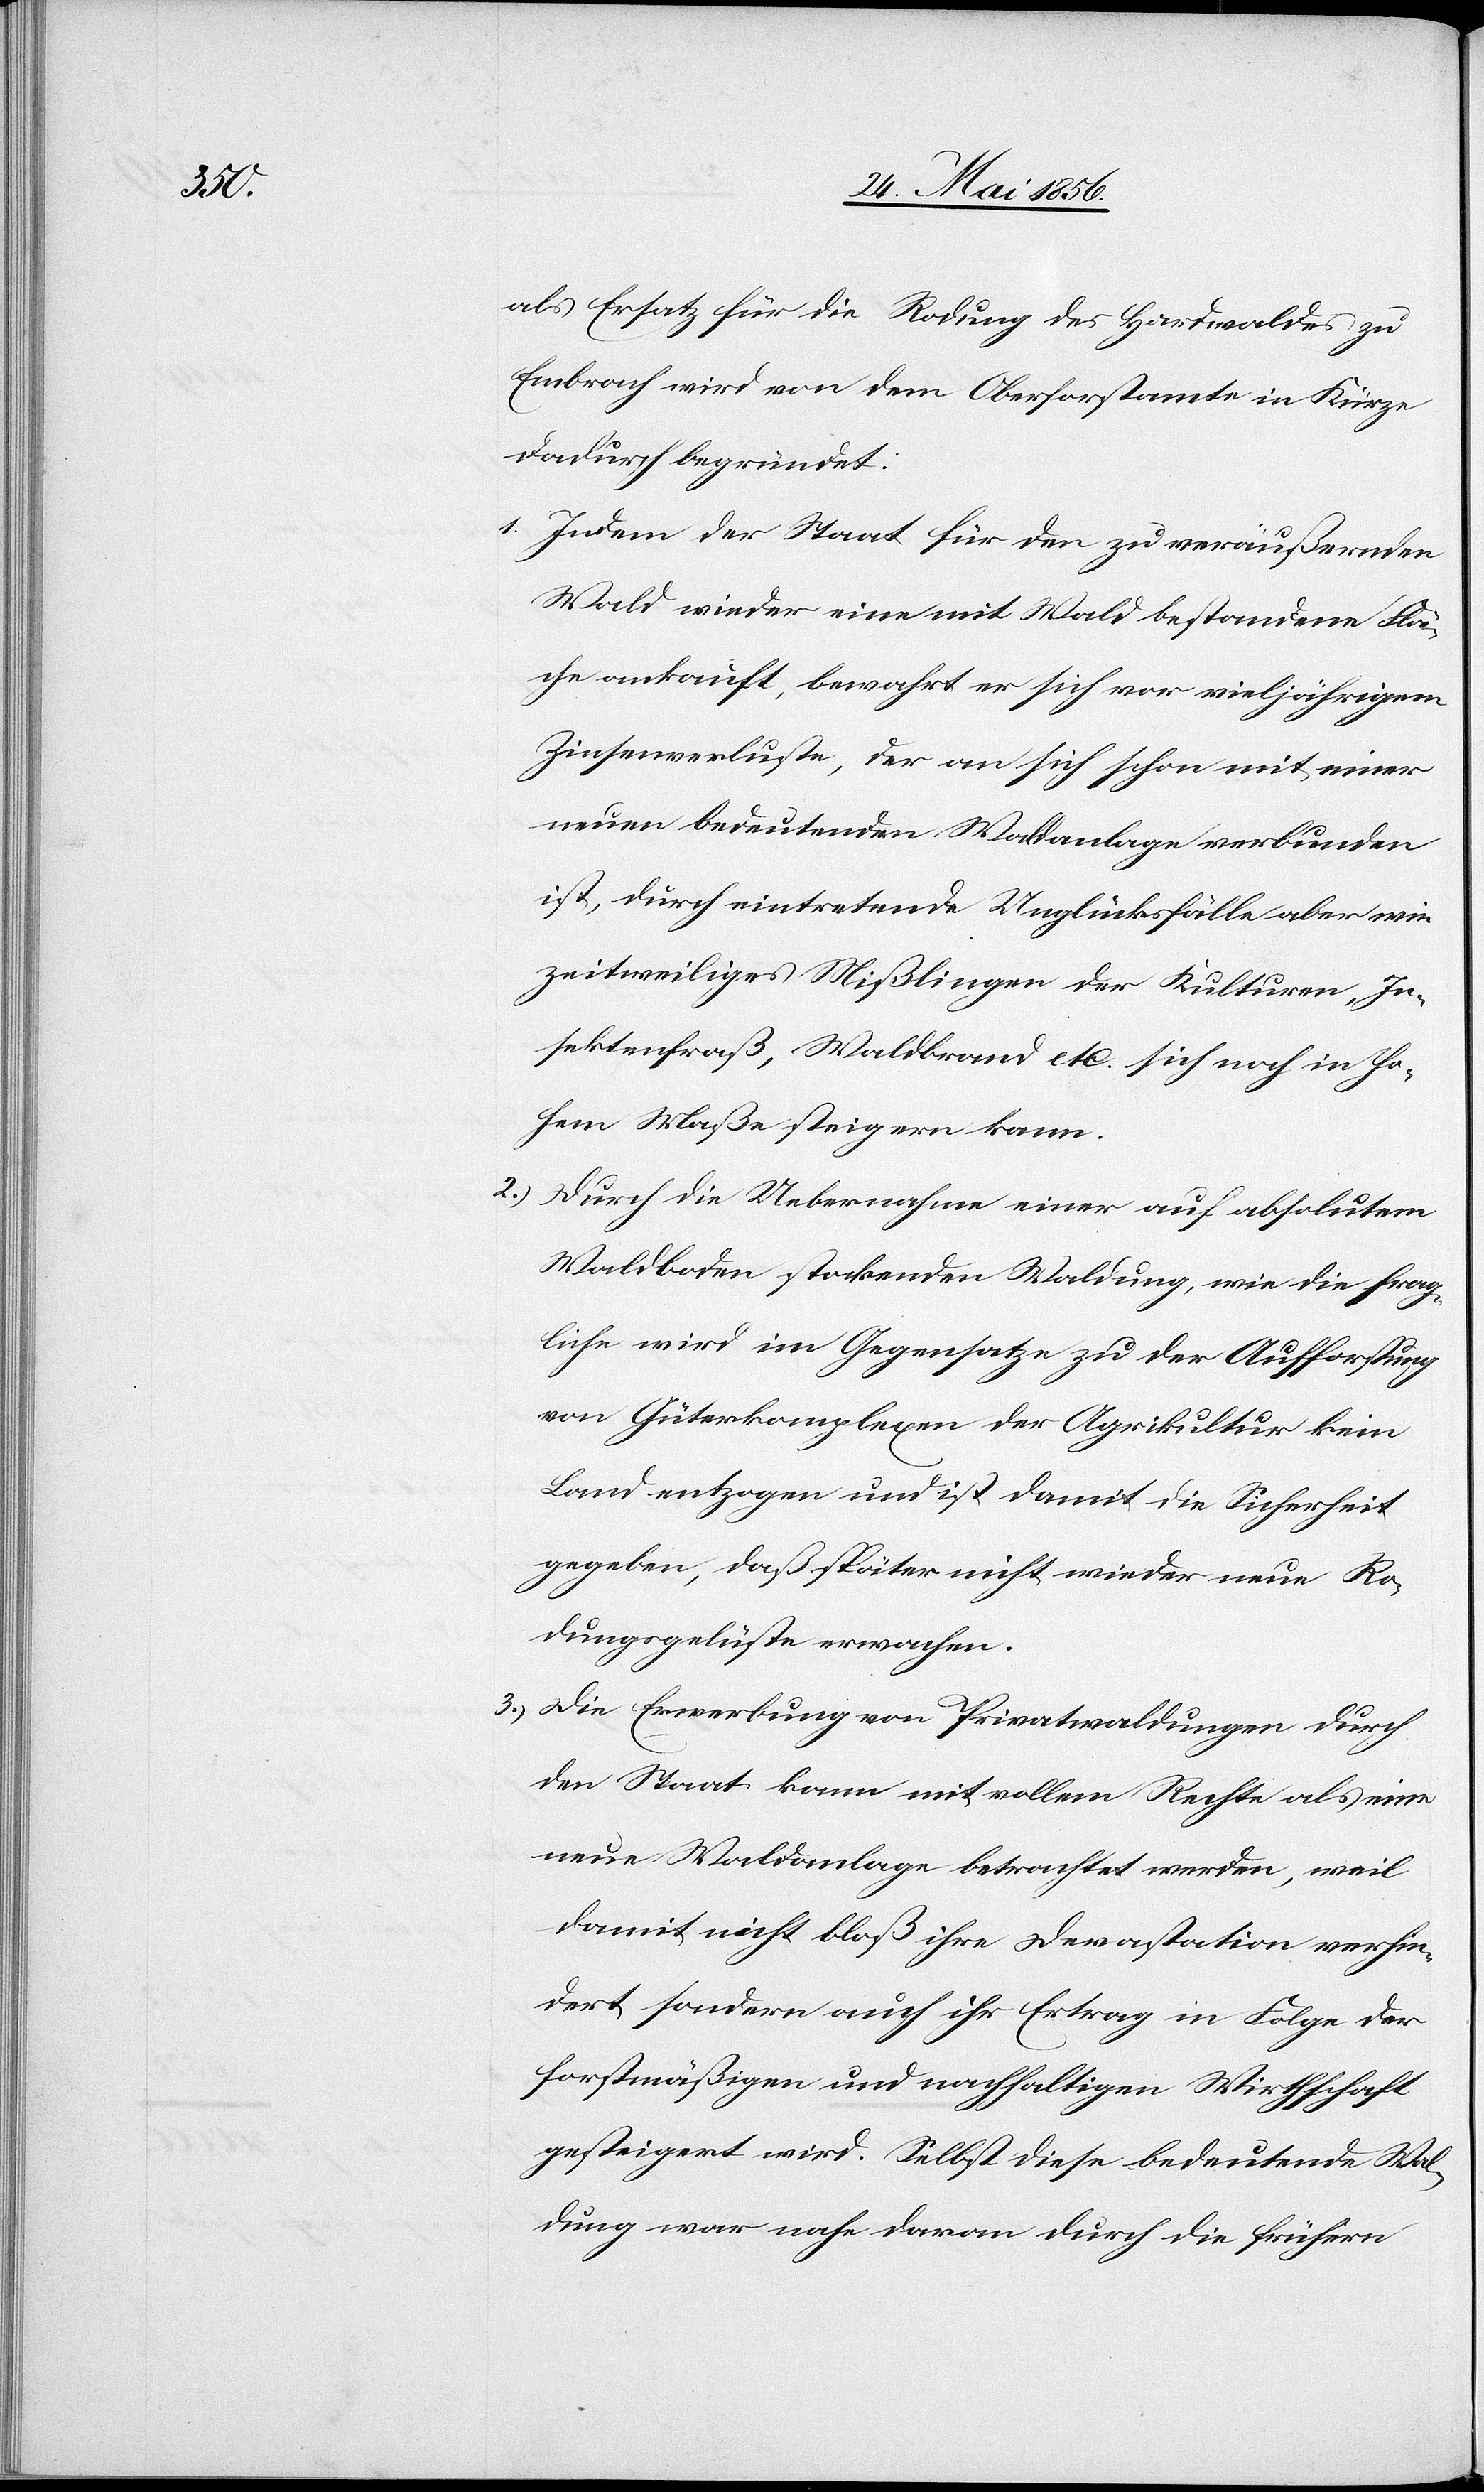
als Ersatz für die Rodung des Hardwaldes zu
Embrach wird von dem Oberforstamte in Kürze
dadurch begründet:
1.) Indem der Staat für den zu veräußernden
Wald wieder eine mit Wald bestandene Flä¬
che ankauft, bewahrt er sich vor vieljährigem
Zinsenverluste, der an sich schon mit einer
neuen bedeutenden Waldanlage verbunden
ist, durch eintretende Unglücksfälle aber wie
zeitweiliges Mißlingen der Kulturen, In¬
sektenfraß, Waldbrand etc. sich noch in ho¬
hem Maße steigern kann.
2.) Durch die Uebernahme einer auf absolutem
Waldboden stockenden Waldung, wie die frag¬
liche wird im Gegensatze zu der Aufforstung
von Güterkomplexen der Agrikultur kein
Land entzogen und ist damit die Sicherheit
gegeben, daß später nicht wieder neue Ro¬
dungsgelüste erwachen.
3.) Die Erwerbung von Privatwaldungen durch
den Staat kann mit vollem Rechte als eine
neue Waldanlage betrachtet werden, weil
damit nicht bloß ihre Devastation verhin¬
dert sondern auch ihr Ertrag in Folge der
forstmäßigen und nachhaltigen Wirthschaft
gesteigert wird. Selbst diese bedeutende Wal¬
dung war nahe daran durch die frühern